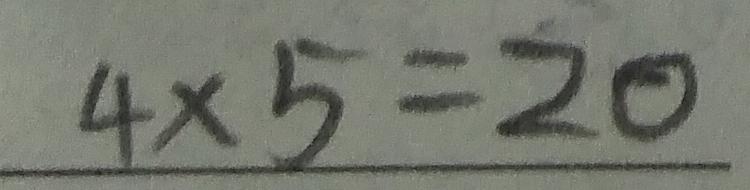
4 \times 5 = 2 0